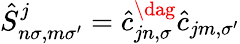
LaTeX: \hat{S}_{n\sigma,m\sigma^{\prime}}^{j}=\hat{c}_{jn,\sigma}^{\dag}\hat{c}_{jm,\sigma^{\prime}}